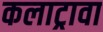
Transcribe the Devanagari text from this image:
कलाट्रावा